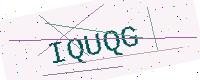
Text: IQUQG